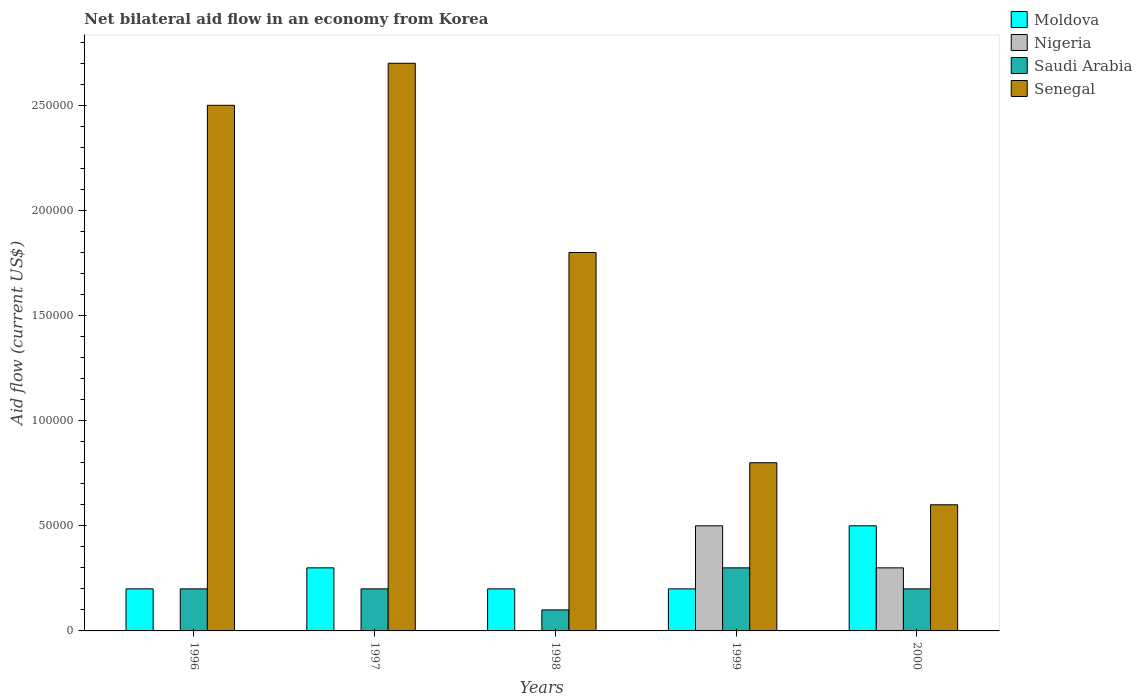
| Years | Moldova | Nigeria | Saudi Arabia | Senegal |
 | --- | --- | --- | --- | --- |
 | 1996 | 2e+04 | -6.8e+05 | 2e+04 | 2.5e+05 |
 | 1997 | 3e+04 | -7.6e+05 | 2e+04 | 2.7e+05 |
 | 1998 | 2e+04 | -8.7e+05 | 1e+04 | 1.8e+05 |
 | 1999 | 2e+04 | 5e+04 | 3e+04 | 8e+04 |
 | 2000 | 5e+04 | 3e+04 | 2e+04 | 6e+04 |